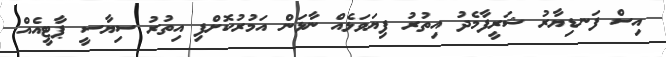
އިސް ފަނޑިޔާރު ޝަރީފާމެދު އިތުރު ފިޔަވަޅެއް ނާޅަން އަމުރުކޮށްފި އިތުރު ސިޔާސީ ޕާޓީއެއް